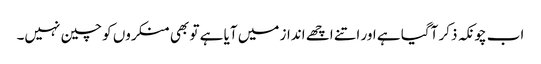
اب چونکہ ذکر آگیا ہے اور اتنے اچھے انداز میں آیا ہے تو بھی منکروں کو چین نہیں۔